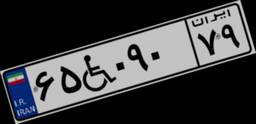
۶۵W۰۹۰۷۹